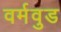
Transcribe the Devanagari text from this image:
वर्मवुड